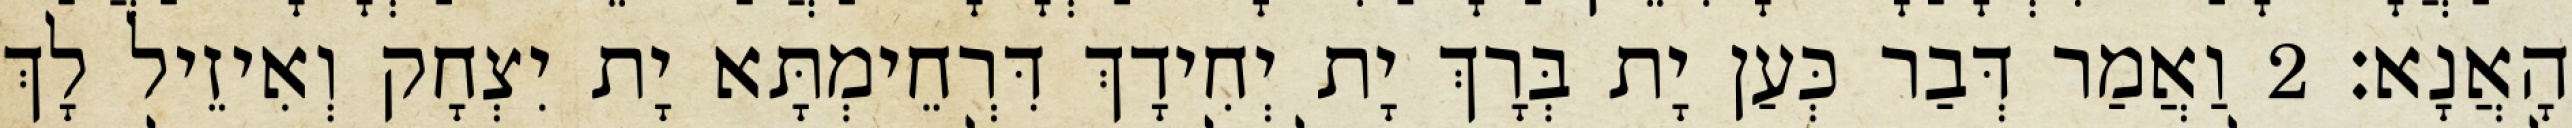
הָאֲנָא׃ 2 וַאֲמַר דְּבַר כְּעַן יָת בְּרָךְ יָת יְחִידָךְ דִּרְחֵימְתָּא יָת יִצְחָק וְאִיזֵיל לָךְ